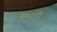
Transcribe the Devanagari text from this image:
हेवरलैंड